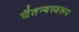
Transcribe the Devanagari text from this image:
चैतन्यस्वरूप